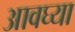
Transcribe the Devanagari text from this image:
आवघ्या